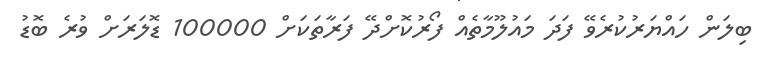
ބިލަން ހައްޔަރުކުރެވޭ ފަދަ މައުލޫމާތެއް ފޯރުކޮށްދޭ ފަރާތަކަށް 100000 ޑޮލަރަށް ވުރެ ބޮޑު